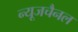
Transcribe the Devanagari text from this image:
न्यूजचैनल